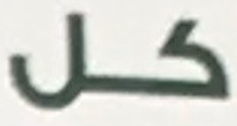
كل